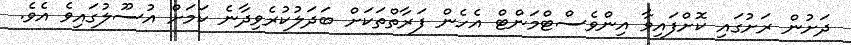
ދަށުން ރަށުގައި ކޮށްފައިވާ އިންވެސްޓްމަންޓް އެހެން ފަރާތްތަކަށް ބަދަލުކުރެވިދާނެ ކަމަށް އުސޫލުގައިވެ އެވެ.